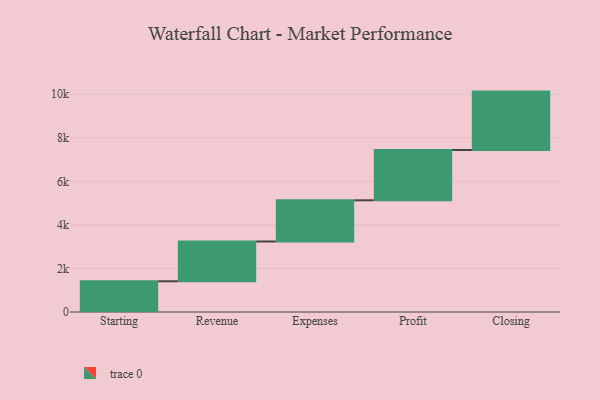
{"axis": {"x": "Step", "y": "Value"}, "legend": [""], "data": [{"x": "Starting", "y": 1412.0, "type": ""}, {"x": "Revenue", "y": 1826.0, "type": ""}, {"x": "Expenses", "y": 1893.0, "type": ""}, {"x": "Profit", "y": 2310.0, "type": ""}, {"x": "Closing", "y": 2682.0, "type": ""}]}